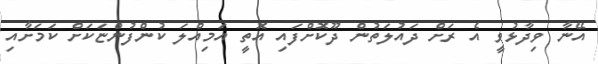
އޭނާ ވިދާޅުވީ އެ ރަށް ދައުލަތުން ދޫކޮށްފައި އޮތީ އަމިއްލަ ކުންފުންޏަކަށް ކަމަށާއި